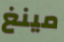
مينغ